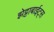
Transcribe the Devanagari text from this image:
झेट्टाबाईट्स